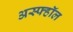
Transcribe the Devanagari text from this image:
अस्फ्हॉल